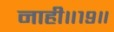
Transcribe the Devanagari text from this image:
नाही॥१९॥